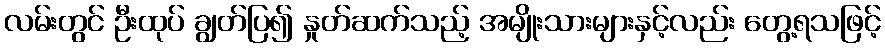
လမ်းတွင် ဦးထုပ် ချွတ်ပြ၍ နှုတ်ဆက်သည့် အမျိုးသားများနှင့်လည်း တွေ့ရသဖြင့်